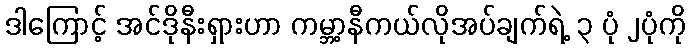
ဒါကြောင့် အင်ဒိုနီးရှားဟာ ကမ္ဘာ့နီကယ်လိုအပ်ချက်ရဲ့ ၃ ပုံ ၂ပုံကို